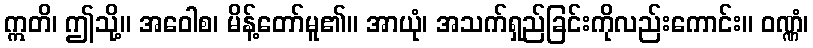
ဣတိ၊ ဤသို့။ အဝေါစ၊ မိန့်တော်မူ၏။ အာယုံ၊ အသက်ရှည်ခြင်းကိုလည်းကောင်း။ ဝဏ္ဏံ၊